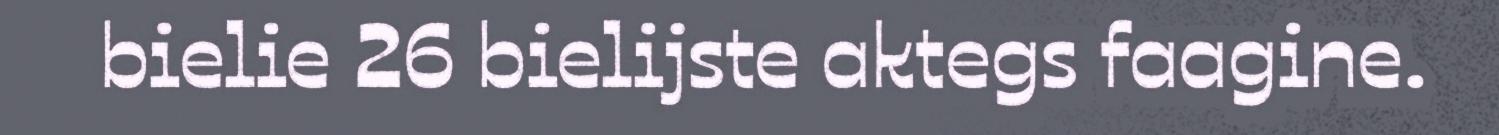
bielie 26 bielijste aktegs faagine.